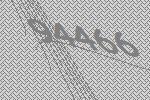
94466